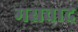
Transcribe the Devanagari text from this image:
मसवाद